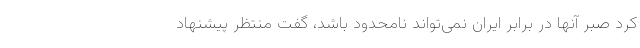
کرد صبر آنها در برابر ایران نمی‌تواند نامحدود باشد، گفت منتظر پیشنهاد